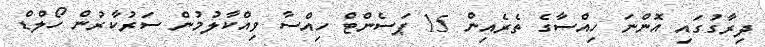
ދިރާގުގައި އޮންނަ ހިއްސާގެ ތެރެއިން 15 ޕަސެންޓް ހިއްސާ ވިއްކާލުމުން ސަރުކާރުން ހޯލްޑް